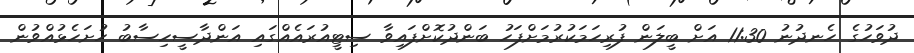
ދުވަހުގެ ހެނދުނު 11:30 އަށް ބީލަން ފުރިހަމަކުރުމަށްފަހު ބަންދުކޮށްފައިވާ ސިޓީއުރައެއްގައި އަންދާސީހިސާބު ހުށަހެޅުއްވުން